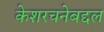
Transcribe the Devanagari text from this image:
केशरचनेबद्दल